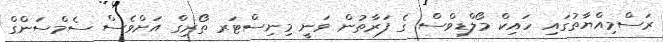
ރަސްމިއްޔާތުގައި ހައިކް މޯލްޑިވްސް ގެ ފަރާތުން ވަނީ މިނިސްޓަރ ތޯރިގް އަށްވެސް ސެމްސަންގް